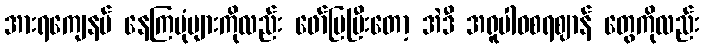
အားရကျေနပ် နေကြပုံများကိုလည်း ဖော်ပြပြီးတော့ အဲဒီ အရူပါဝစရဈာန် တွေကိုလည်း